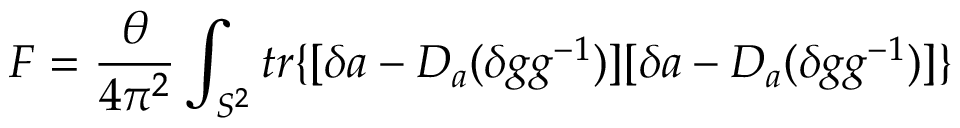
{ \cal F } = \frac { \theta } { 4 \pi ^ { 2 } } \int _ { S ^ { 2 } } t r \{ [ \delta a - D _ { a } ( \delta g g ^ { - 1 } ) ] [ \delta a - D _ { a } ( \delta g g ^ { - 1 } ) ] \}